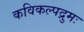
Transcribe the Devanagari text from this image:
कविकल्पद्रुमः